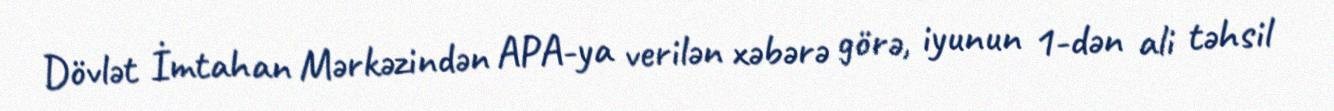
Dövlət İmtahan Mərkəzindən APA-ya verilən xəbərə görə, iyunun 1-dən ali təhsil